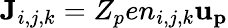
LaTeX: {\mathbf{J}}_{i,j,k}=Z_{p}en_{i,j,k}{\mathbf{u_{p}}}